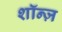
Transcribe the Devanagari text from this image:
शॉन्ज़